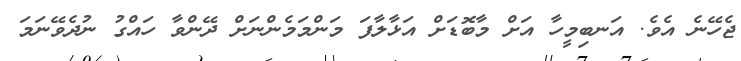
ޖެހޭނެ އެވެ. އަނބިމީހާ އަށް މާބޮޑަށް އަޅާލާފަ މަންމަމެންނަށް ދޭންވާ ހައްގު ނުދެވޭނަމަ